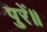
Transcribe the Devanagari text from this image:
पुरें॥